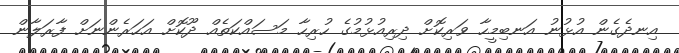
އިނދެގެން އުޅުނު އަނބިމީހާ ވަރިކޮށް ދިރިއުޅުމުގެ ހުރިހާ މަސައްކަތެއް ދޫކޮށް އަހަރެންނަށް ފާރަލާން